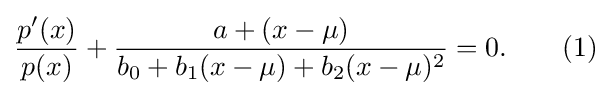
{\frac {p'(x)}{p(x)}}+{\frac {a+(x-\mu )}{b_{0}+b_{1}(x-\mu )+b_{2}(x-\mu )^{2}}}=0.\qquad (1)